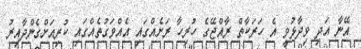
އޭނާ އަދި ވިދާޅުވީ އެ ހަރަކާތް ރާއްޖޭގެ ހުރިހާ ރަށެއްގައި އެއްވަގުތެއްގައި ކުރިއަށްގެންދާއިރު